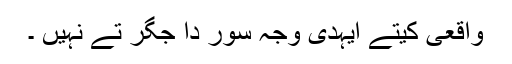
واقعی کیتے ایہدی وجہ سور دا جگر تے نہیں ۔